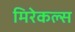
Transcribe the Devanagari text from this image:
मिरेकल्स